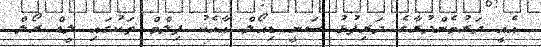
އެއީ ދަރުމެންދުރާގެ ދަރިފުޅު ސަނީ ޑިއޯލް އާއެކު ފިލްމް ތަކުގައި ލީޑް ރޯލް